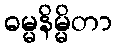
ဓမ္မနိမ္မိတာ